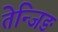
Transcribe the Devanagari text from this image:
तेन्जिङ